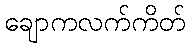
ချောကလက်ကိတ်